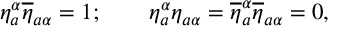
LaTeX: \eta _ { a } ^ { \alpha } \overline { { { \eta } } } _ { a \alpha } = 1 ; \qquad \eta _ { a } ^ { \alpha } { \eta } _ { a \alpha } = \overline { { { \eta } } } _ { a } ^ { \alpha } \overline { { { \eta } } } _ { a \alpha } = 0 ,